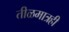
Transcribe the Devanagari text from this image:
तीळमात्रही